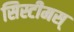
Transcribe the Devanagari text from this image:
सिस्टीमस्